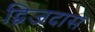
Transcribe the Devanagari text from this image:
द्विजदास